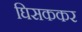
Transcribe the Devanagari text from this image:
घिसककर